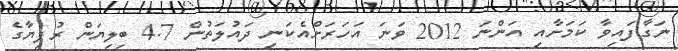
ނަގާފައިވާ ކަމަށާއި އަންނަ 2012 ވަނަ އަހަރަށްއެކަނި ދައުލަތުން 4.7 ބިލިޔަން ރުފިޔާގެ